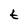
Character: t